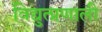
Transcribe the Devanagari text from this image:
विद्युत्प्रणाली